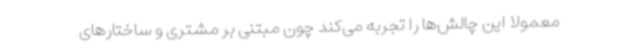
معمولاً این چالش‌ها را تجربه می‌کند چون مبتنی بر مشتری و ساختارهای